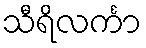
သီရိလင်္ကာ